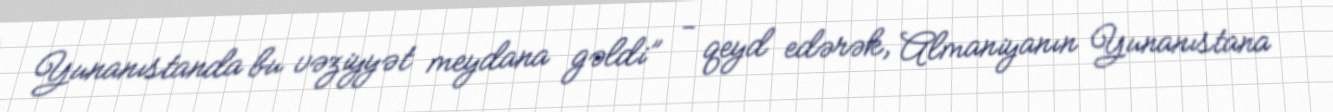
Yunanıstanda bu vəziyyət meydana gəldi” - qeyd edərək, Almaniyanın Yunanıstana